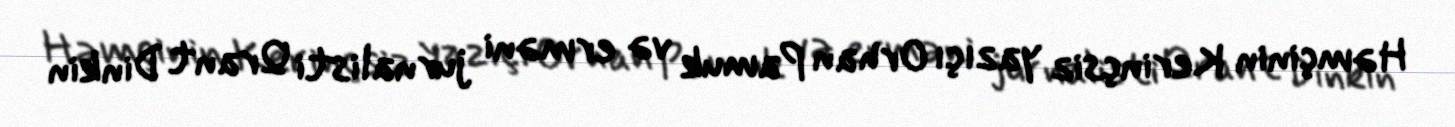
Həmçinin Kerinçsiz yazıçı Orhan Pamuk və erməni jurnalisti Qrant Dinkin